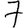
Digit: 7